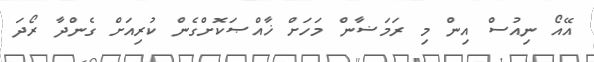
އޭއޯ ނިއުސް އިން މި ރަމަޟާން މަހަށް ޚާއްޞަކޮށްގެން ކުރިއަށް ގެންދާ ރޯދަ